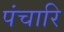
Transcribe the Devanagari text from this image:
पंचारि